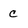
Character: c